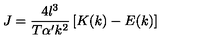
J = \frac { 4 l ^ { 3 } } { T \alpha ^ { \prime } k ^ { 2 } } \left[ K ( k ) - E ( k ) \right]